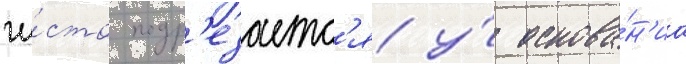
чи́сто подр'езаетс'я у́ основа́н'иа